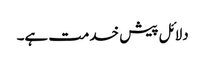
دلائل پیش خدمت ہے۔